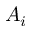
A _ { i }